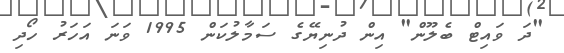
"ދަ ވައިޓް ބެލޫން" އިން ދުނިޔޭގެ ސަމާލުކަން 1995 ވަނަ އަހަރު ހޯދި